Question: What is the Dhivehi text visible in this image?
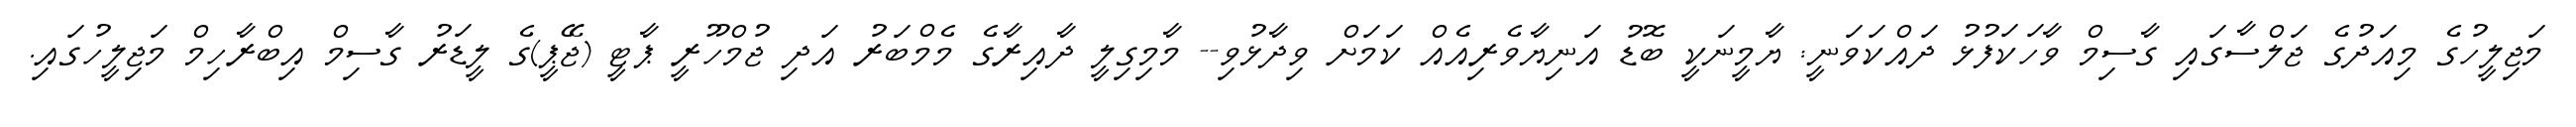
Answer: މަޖިލީހުގެ މިއަދުގެ ޖަލްސާގައި ގާސިމް ވާހަކަފުޅު ދައްކަވަނީ: ޔާމީނަކީ ބޮޑު އަނިޔާވެރިއެއް ކަމަށް ވިދާޅުވި-- މާމިގިލީ ދާއިރާގެ މެމްބަރު އަދި ޖުމްހޫރީ ޕާޓީ (ޖޭޕީ)ގެ ލީޑަރު ގާސިމް އިބްރާހިމް މަޖިލީހުގައި.